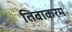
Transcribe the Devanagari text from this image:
तिवाकरम